Insane asylums Bombay 1873-77 - 1873-1877
Year: 1873
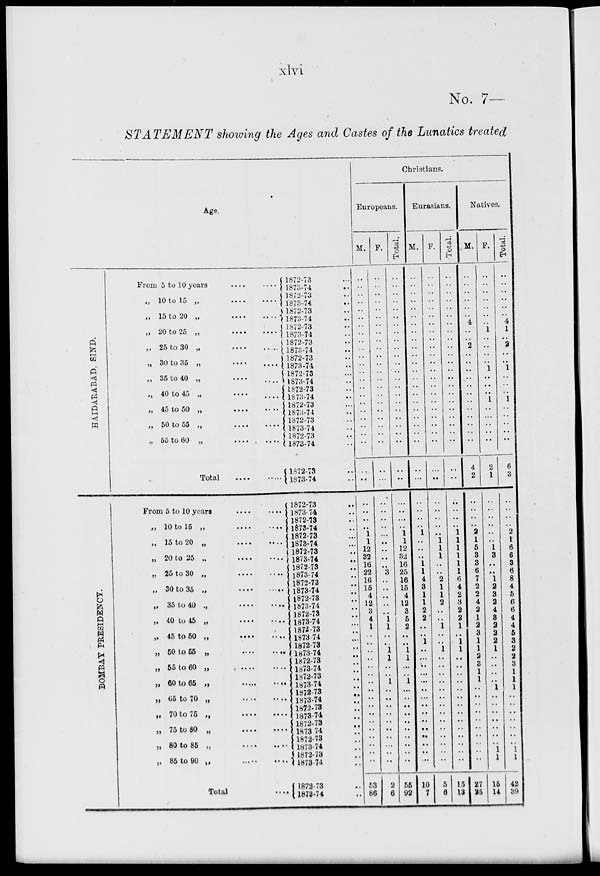
xlvi
No. 7—
STATEMENT showing the Ages and Castes of the Lunatics treated
Age.
HAIDARABAD, SIND.
BOMBAY PRESIDENCY.
From 5 to 10 years
....
....
„ 10 to 15 „
....
....
„ 15 to 20 „
....
....
„ 20 to 25
..
....
....
.. 25 to 30 „
....
....
„ 30 to 35 „
....
....
„ 35 to 40 „
....
....
.. 40 to 45 „
....
....
„ 45 to 50 „
....
....
„ 50 to 55 „
....
....
„ 55 to 60 „
....
....
Total
....
....
From 5 to 10 years
....
....
„ 10 to 15 „
....
....
„ 15 to 20 „
....
....
„ 20 to 25 „
....
....
„ 25 to 30 „
....
....
„ 30 to 35 „
....
....
„ 35 to 40 .,
....
....
„ 40 to 45 „
....
....
„ 45 to 50
..
....
....
„ 60 to 65 „
....
....
„ 55 to 60 „
....
....
„ 60 to 65 „
....
....
„ 65 to 70 „
....
....
„ 70 to 75
„
....
....
„ 75 to 80 „
....
....
„ 80 to 85 „
....
....
„ 85 to 90 „
....
....
Total ....
1872-73 ...
1873-74 ..
1872-73 ..
1873-74
..
1872-73 ..
1873-74 ..
1872-73 ..
1873-74 ..
1872-73 ..
1873-74 ..
1872-73 ..
1873-74 ..
1872-73 ..
1873-74 ..
1872-73 ..
1873-74 ..
1872-73 ..
1873-74 ..
1872-73 ..
1873-74 ..
1872-73 ..
1873-74 ..
1872-73 ..
1873-74 ..
1872-73 ..
1873-74 ..
1872-73 ..
1873-74 ..
1872-73 ..
1873-74 ..
1872-73 ..
1873-74 ..
1872-73 ..
1873-74 ..
1872-73 ..
1873-74 ..
1872-73 ..
1873-74 ..
1872-73 ..
1873-74 ..
1872-73 ..
1873-74 ..
1872-73 ..
1873-74 ..
1872-73 ..
1873-74
..
1872-73 ..
1873-74 ..
1872-73 ..
1873-74
..
1872-73 ..
1873-74 ..
1872-73 ..
1873-74 ..
1872-73 ..
1873-74 ..
1872-73 ..
1873-74 ..
1872-73 ..
1873-74 ..
Christians.
Europeans.
M.
..
..
..
..
..
..
..
..
.. ..
..
..
..
..
..
..
..
..
..
..
..
..
..
..
..
..
..
..
1
1
12
32
16
22
16
15
4
12
3
4
1
..
..
.. ..
..
.. ..
..
..
..
..
..
..
..
..
..
..
53
86
F.
..
..
..
..
..
..
..
..
..
..
..
..
..
..
..
..
..
..
..
..
..
..
..
..
..
..
..
..
..
..
..
..
..
3
..
.. ..
..
..
1
1
..
..
1
1
..
.. 1
..
..
..
..
..
..
..
..
..
..
2
6
Total.
..
..
..
..
..
..
..
..
..
..
..
..
..
..
..
..
..
..
..
..
..
..
..
..
..
..
..
..
1
1
12
32
16
25
16
15
4
12
3
5
2
..
..
1
1
..
..
1
..
..
..
..
..
..
..
..
..
55
92
Eurasians.
M.
..
..
..
..
..
..
..
..
..
..
..
..
..
..
..
..
..
..
..
..
..
..
..
..
..
..
..
..
1
..
..
..
1
1
4
3
1
1
2
2
..
..
1
..
..
..
..
..
..
..
..
..
..
..
..
..
..
10
7
F.
..
..
..
..
..
..
..
..
..
..
..
..
..
..
..
..
..
..
..
..
..
..
..
..
..
..
..
..
..
1
1
1
..
..
2
1
1
2
..
..
1
..
..
1
..
..
..
..
..
..
..
..
..
..
..
..
..
..
5
6
Total.
..
..
..
..
..
..
..
..
..
..
..
..
..
..
..
..
..
..
..
..
..
..
..
..
..
..
..
..
1
1
1
1
1
1
6
4
2
3
2
2
1
..
1
1
..
..
..
..
..
..
..
..
..
..
..
..
..
15
13
Natives.
M.
..
..
..
..
..
..
4
..
..
2
..
..
..
..
..
..
..
..
..
..
..
..
4
2
..
..
..
..
2
1
5
3
3
6
7
2
2
4
2
1
2
3
1
1
2
3
1
1
..
..
..
..
..
..
..
..
..
27
25
F.
..
..
..
..
..
..
..
1
..
..
..
..
1
..
..
..
1
..
..
..
..
..
2
1
..
..
..
..
..
..
1
3
..
..
1
2
3
2
4
3
2
2
2
1
..
..
..
..
1
..
..
..
..
..
..
..
1
1
15
14
Total.
..
..
..
..
..
..
4
1
..
2
..
..
1
..
..
..
1
..
..
..
..
..
6
3
..
..
..
..
2
1
6
6
3
6
8
4
5
6
6
4
4
5
3
2
2
3
1
1
1
..
..
..
..
..
..
.. 1
1
42
39